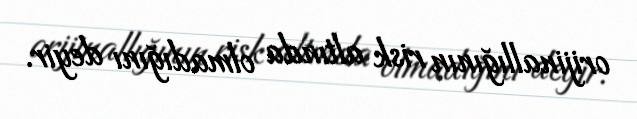
orijinallığının risk altında olmadığını deyir.